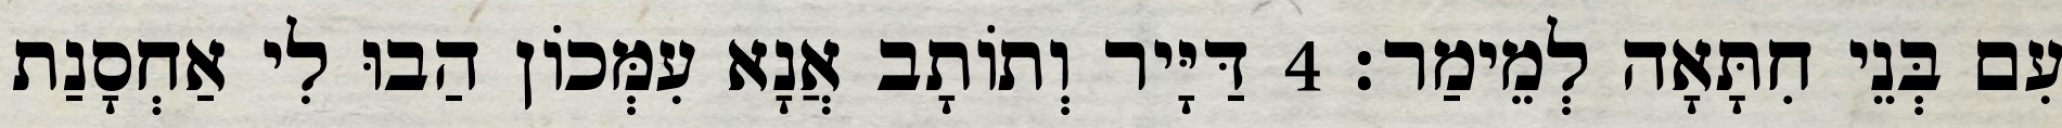
עִם בְּנֵי חִתָּאָה לְמֵימַר׃ 4 דַּיָּיר וְתוֹתָב אֲנָא עִמְּכוֹן הַבוּ לִי אַחְסָנַת